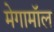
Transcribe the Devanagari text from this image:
मेगामॉल